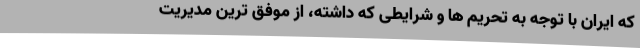
که ایران با توجه به تحریم ها و شرایطی که داشته، از موفق ترین مدیریت